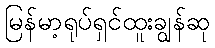
မြန်မာ့ရုပ်ရှင်ထူးချွန်ဆု